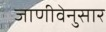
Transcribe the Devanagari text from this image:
जाणीवेनुसार